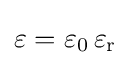
\varepsilon =\varepsilon _{0}\,\varepsilon _{\mathrm {r} }